Report of the Indian Hemp Drugs Commission, 1894-1895 - Volume I
Year: 1894
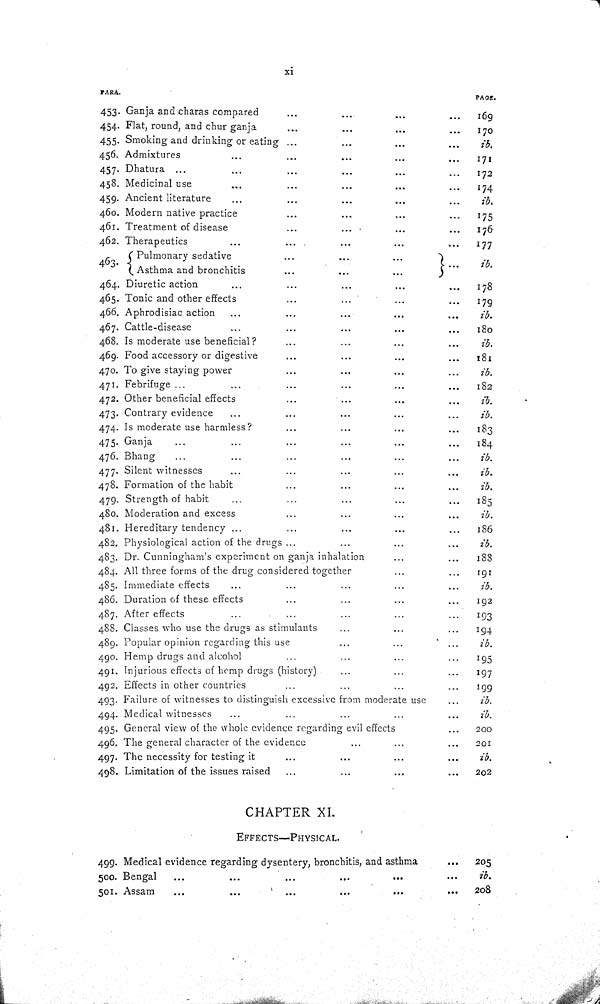
xi
PARA.
PAGE.
453. Ganja and charas compared
169
454. Flat, round, and chur ganja
170
455. Smoking and drinking or eating
ib.
456. Admixtures
171
457. Dhatura
172
458. Medicinal use
174
459. Ancient literature
ib.
460. Modern native practice
175
461. Treatment of disease
176
462. Therapeutics
177
463.
Pulmonary sedative
ib.
463.
Asthma and bronchitis
ib.
464. Diuretic action
178
465. Tonic and other effects
179
466. Aphrodisiac action
ib.
467. Cattle-disease
180
468. Is moderate use beneficial?
ib.
469. Food accessory or digestive
181
470. To give staying power
ib.
471. Febrifuge
182
472. Other beneficial effects
ib.
473. Contrary evidence
ib.
474. Is moderate use harmless?
183
475. Ganja
184
476. Bhang
ib.
477. Silent witnesses
ib.
478. Formation of the habit
ib.
479. Strength of habit
185
480. Moderation and excess
ib.
481. Hereditary tendency
186
482. Physiological action of the drugs
ib.
483. Dr. Cunningham's experiment on ganja inhalation
188
484. All three forms of the drug considered together
191
485. Immediate effects
ib.
486. Duration of these effects
192
487. After effects
193
488. Classes who use the drugs as stimulants
194
489. Popular opinion regarding this use
ib.
490. Hemp drugs and alcohol
195
491. Injurious effects of hemp drugs (history)
197
492. Effects in other countries
199
493. Failure of witnesses to distinguish excessive from moderate use
ib.
494. Medical witnesses
ib.
495. General view of the whole evidence regarding evil effects
200
496. The general character of the evidence
201
497. The necessity for testing it
ib.
498. Limitation of the issues raised
202
CHAPTER XI.
EFFECTS—PHYSICAL.
499. Medical evidence regarding dysentery, bronchitis, and asthma
205
500. Bengal
ib.
501. Assam
208